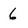
Character: 6